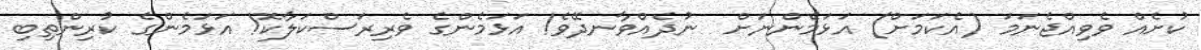
ކުށެއް ވެވިއްޖެނަމަ (އެކަމަށް) އަޅަމެންނަށް  ނުދެއްވާނދޭވެ! އަޅަމެންގެ ވެރިރަސްކަލާކޮ! އަޅަމެންގެ ކުރިންތިބި